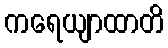
ကရေယျာထာတိ